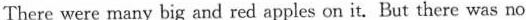
There were many big and red apples on it. But there was no